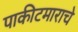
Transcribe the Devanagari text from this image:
पाकीटमाराचे